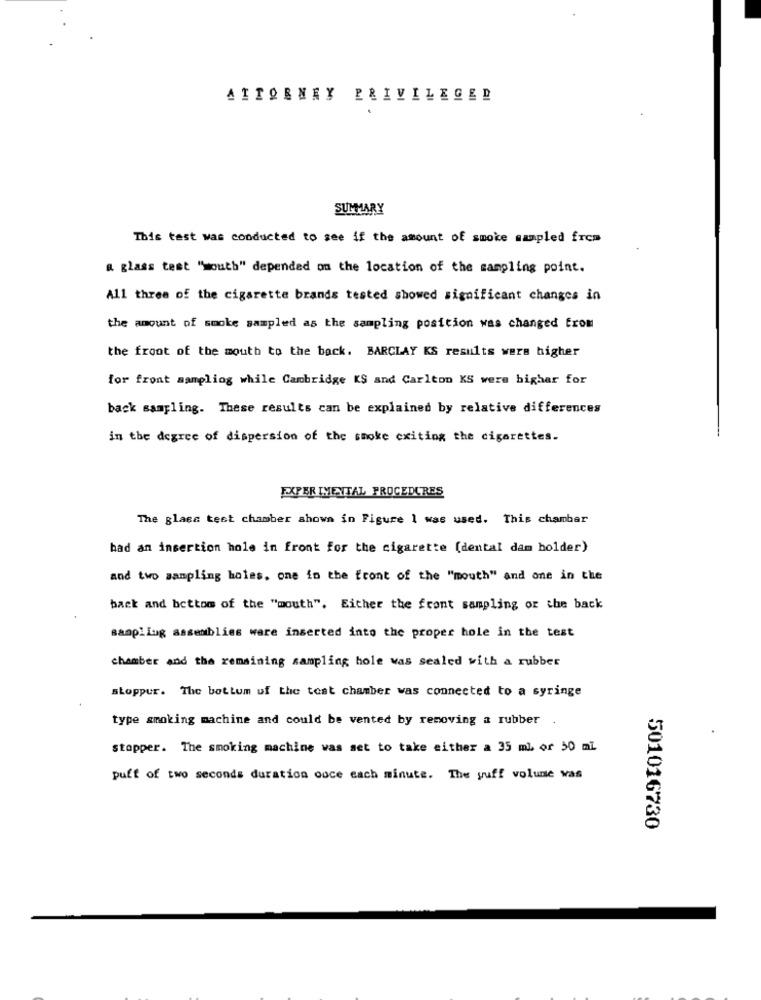
ATTORNEY PRIVILEGED
SUMMARY
This test was conducted to see if the amount of smoke sampled from
a glass test ""outh" depended on the location of the sampling point.
All three of the cigarette brands tested showed significant changes in
the amount of smoke sampled as the sampling position was changed from
the front of the mouth to the back. BARCLAY KS results wers higher
for front aampliog while Cambridge KS and Carlton KS were bighar for
back sampling. These results can be explained by relative differences
in the degree of dispersion of the smoke exiting the cigarettes.
EXPERIMENTAL PROCEDURES
The glass test chamber shown in Figure 1 was used. This chamber
had an insertion hole in front for the cigarette (dental dam holder)
and two sampling holes, one in the front of the "mouth" and one in the
back and bottom of the "mouth". Either the front sampling or the back
sampling assemblies ware inserted into the proper hole in the test
chamber and the remaining sampling hole was sealed with a rubber
stoppur. The bottom of the test chamber was connected to a syringe
type smoking machine and could be vented by removing a rubber
stopper. The smoking machine was set to take either a 35 ml, or 50 ml
puff of two seconds duration ouce each minute. The yuff volune was
501016730